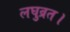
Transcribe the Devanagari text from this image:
लघुव्रत।